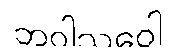
ဘဝါသဝေါ